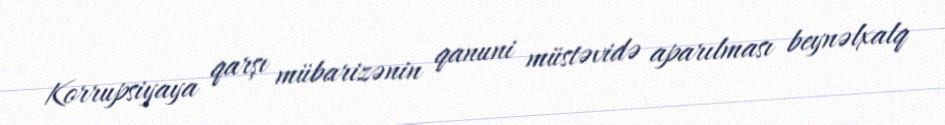
Korrupsiyaya qarşı mübarizənin qanuni müstəvidə aparılması beynəlxalq